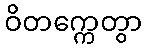
ဝိတက္ကေတွာ